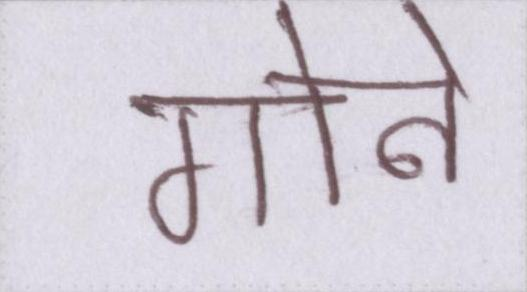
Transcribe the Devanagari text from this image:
गौने